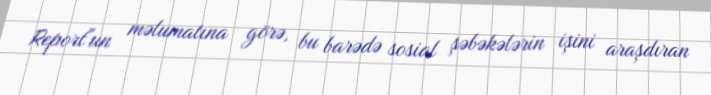
Report"un məlumatına görə, bu barədə sosial şəbəkələrin işini araşdıran